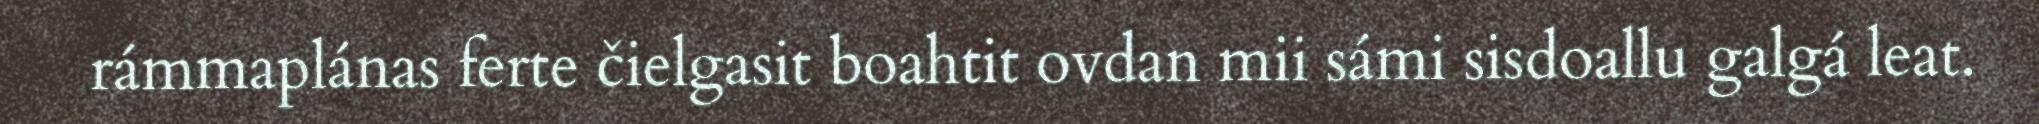
rámmaplánas ferte čielgasit boahtit ovdan mii sámi sisdoallu galgá leat.